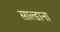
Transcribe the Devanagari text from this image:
साल्डाना